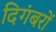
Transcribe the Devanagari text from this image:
दिगंबरों